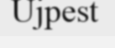
Ujpest